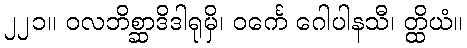
၂၂၁။ ဝလဘိစ္ဆာဒိဒါရုမှိ၊ ဝင်္ကေ ဂေါပါနသီ၊ တ္ထိယံ။